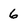
Character: 6